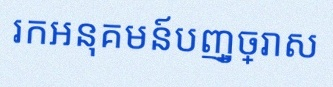
រកអនុគមន៍បញ្ច្រាស